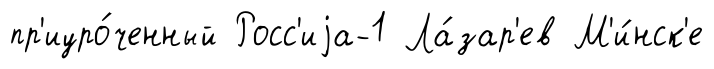
пр'иуро́ченный Росс'иjа-1 Ла́зар'ев М'и́нск'е